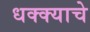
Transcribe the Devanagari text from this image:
धक्क्याचे